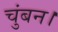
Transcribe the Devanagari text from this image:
चुंबन।